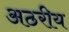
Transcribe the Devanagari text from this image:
अठरीय